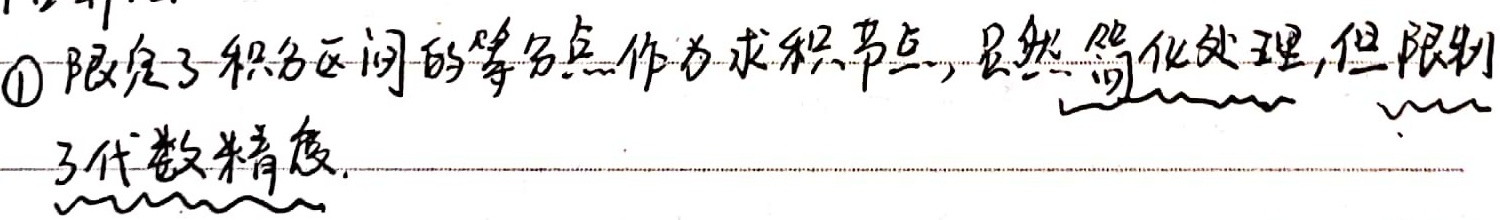
\textcircled{1}限定了积分区间的等分点作为求积节点，虽然简化处理，但限制
了代数精度.